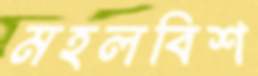
মহলবিশ